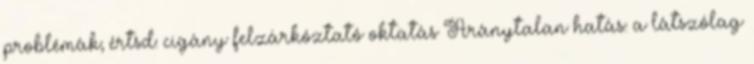
problémák; értsd: cigány felzárkóztató oktatás Aránytalan hatás: a látszólag